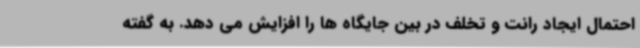
احتمال ایجاد رانت و تخلف در بین جایگاه ها را افزایش می دهد. به گفته